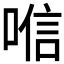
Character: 𱓞